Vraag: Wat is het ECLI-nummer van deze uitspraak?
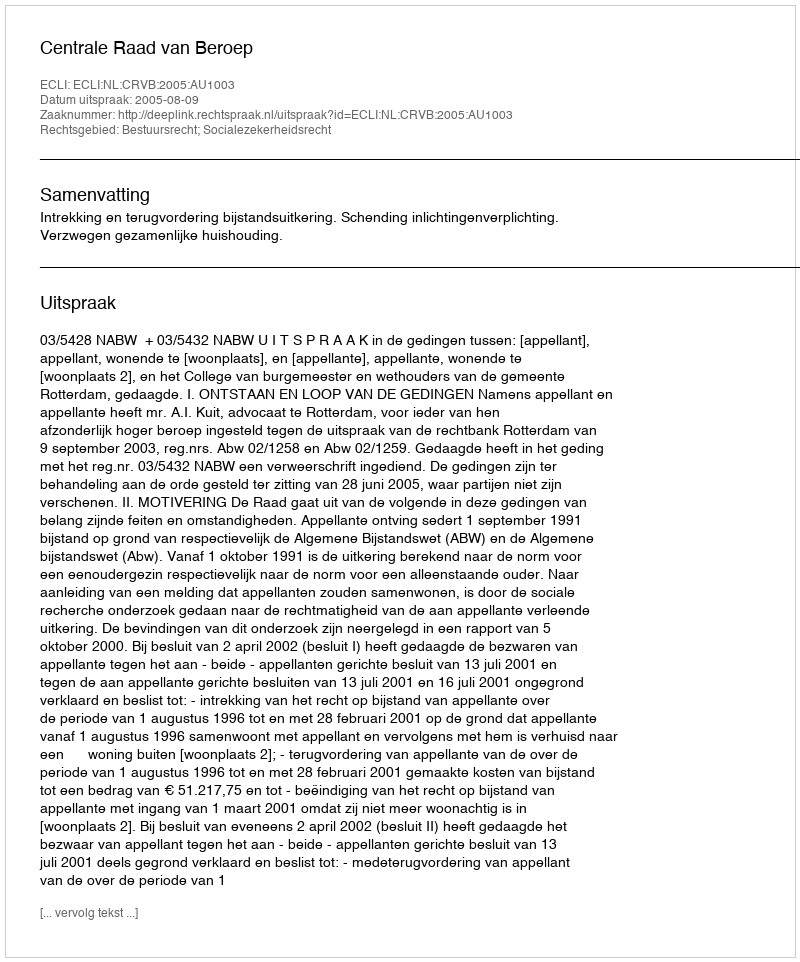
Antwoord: ECLI:NL:CRVB:2005:AU1003